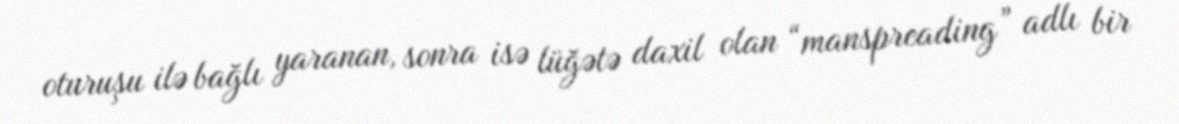
oturuşu ilə bağlı yaranan, sonra isə lüğətə daxil olan “manspreading” adlı bir